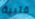
قلبية